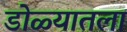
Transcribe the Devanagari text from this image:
डोळ्यातला